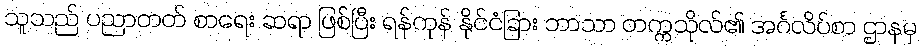
သူသည် ပညာတတ် စာရေး ဆရာ ဖြစ်ပြီး ရန်ကုန် နိုင်ငံခြား ဘာသာ တက္ကသိုလ်၏ အင်္ဂလိပ်စာ ဌာနမှ